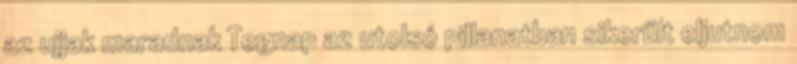
az ujjak maradnak Tegnap az utolsó pillanatban sikerült eljutnom